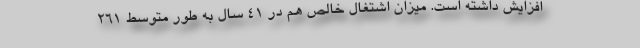
افزایش داشته است. میزان اشتغال خالص هم در 41 سال به طور متوسط 261